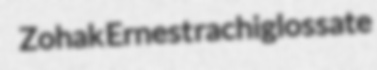
Zohak Ernest rachiglossate